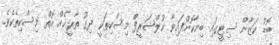
ބޮޑު ކަޒާން ސިޓީގައި ބިނާކޮށްފައިވާ ކުލްޝަރީފް މިސްކިތަކީ ދިގު ތާރީޚެއް އޮތް މިސްކިތެކެވެ.